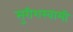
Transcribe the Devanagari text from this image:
सुरीशस्वामी